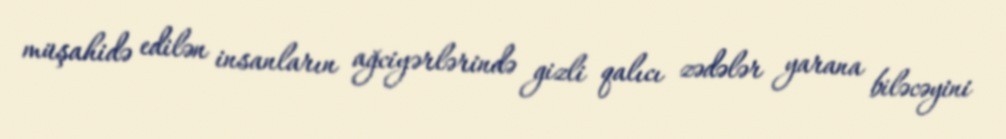
müşahidə edilən insanların ağciyərlərində gizli qalıcı zədələr yarana biləcəyini